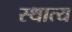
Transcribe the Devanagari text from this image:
स्थात्य